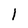
Character: 1